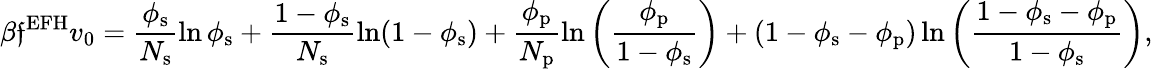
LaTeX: \beta\mathfrak{f}^{\mathrm{{EFH}}}v_{0}=\frac{{\phi_{\mathrm{{s}}}}}{{N_{\mathrm{{s}}}}}\ln\phi_{\mathrm{{s}}}+\frac{{1-\phi_{\mathrm{{s}}}}}{{N_{\mathrm{{s}}}}}\ln(1-\phi_{\mathrm{{s}}})+\frac{{\phi_{\mathrm{{p}}}}}{{N_{\mathrm{{p}}}}}\ln\left(\frac{{\phi_{\mathrm{{p}}}}}{{1-\phi_{\mathrm{{s}}}}}\right)+(1-\phi_{\mathrm{{s}}}-\phi_{\mathrm{{p}}})\ln\left(\frac{{1-\phi_{\mathrm{{s}}}-\phi_{\mathrm{{p}}}}}{{1-\phi_{\mathrm{{s}}}}}\right),